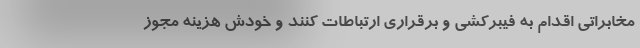
مخابراتی اقدام به فیبرکشی و برقراری ارتباطات کنند و خودش هزینه مجوز